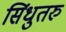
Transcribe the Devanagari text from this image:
सिंधुतरु